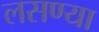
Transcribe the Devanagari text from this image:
लसण्या